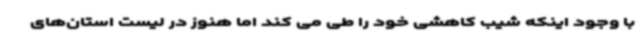
با وجود اینکه شیب کاهشی خود را طی می کند اما هنوز در لیست استان‌های